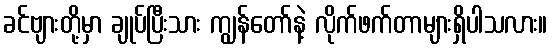
ခင်ဗျားတို့မှာ ချုပ်ပြီးသား ကျွန်တော်နဲ့ လိုက်ဖက်တာများရှိပါသလား။